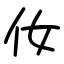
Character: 㚢